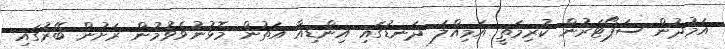
އަމުދުން ސަޕޯޓަރުން ކުރިމަތީ އަމިއްލަ ދަނޑުގައި އިންޑިއާ އަތުން މޮޅުނުވެވުމުން ރަށުން ބޭރުގައި